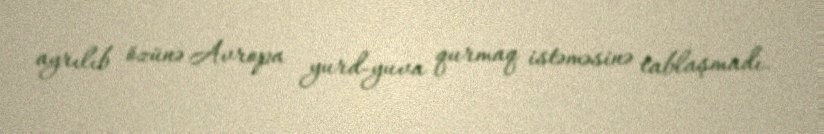
ayrılıb özünə Avropa yurd-yuva qurmaq istəməsinə tablaşmadı.